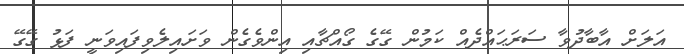
އަލަށް އާބާދުވާ ސަރަޙައްދެއް ކަމުން ގޭގެ ގޯއްޗާއި އިންވެގެން ވަށައިލެވިފައިވަނީ ފަޅު ގޭގޭ